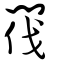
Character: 閥